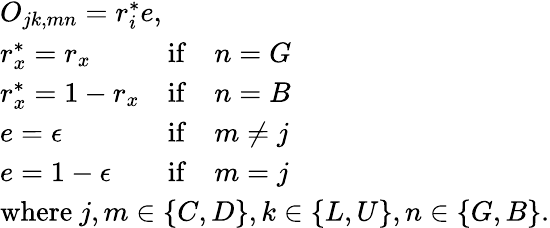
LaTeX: \begin{array}{l}{O_{jk,mn}=r_{i}^{*}e,}\\ {\begin{array}{lll}{r_{x}^{*}=r_{x}}&{\mathrm{if}}&{n=G}\\ {r_{x}^{*}=1-r_{x}}&{\mathrm{if}}&{n=B}\\ {e=\epsilon}&{\mathrm{if}}&{m\neq j}\\ {e=1-\epsilon}&{\mathrm{if}}&{m=j}\end{array}}\\ {\mathrm{where~}j,m\in\{ C,D\} ,k\in\{ L,U\} ,n\in\{ G,B\} .}\end{array}